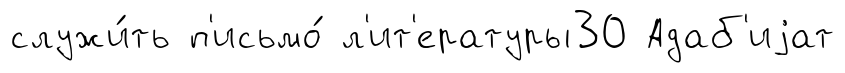
служи́ть п'исьмо́ л'ит'ературы30 Адаб'иjат